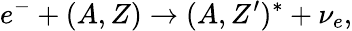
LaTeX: e^{-}+(A,Z)\rightarrow(A,Z^{\prime})^{*}+\nu_{e},